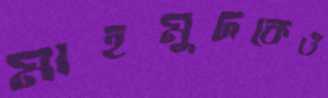
মাহমুদকেও